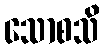
သောစသိ